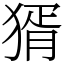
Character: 𤟠